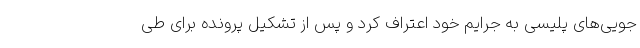
جویی‌های پلیسی به جرایم خود اعتراف کرد و پس از تشکیل پرونده برای طی